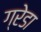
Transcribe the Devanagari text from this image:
ग्रेडा